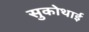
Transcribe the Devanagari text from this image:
सुकोथाई